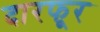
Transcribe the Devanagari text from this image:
दारफूर